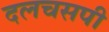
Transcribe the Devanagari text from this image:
दलचसपी